Indian journal of veterinary science and animal husbandry - Volumes 26-27, 1956-1957
Year: 1956
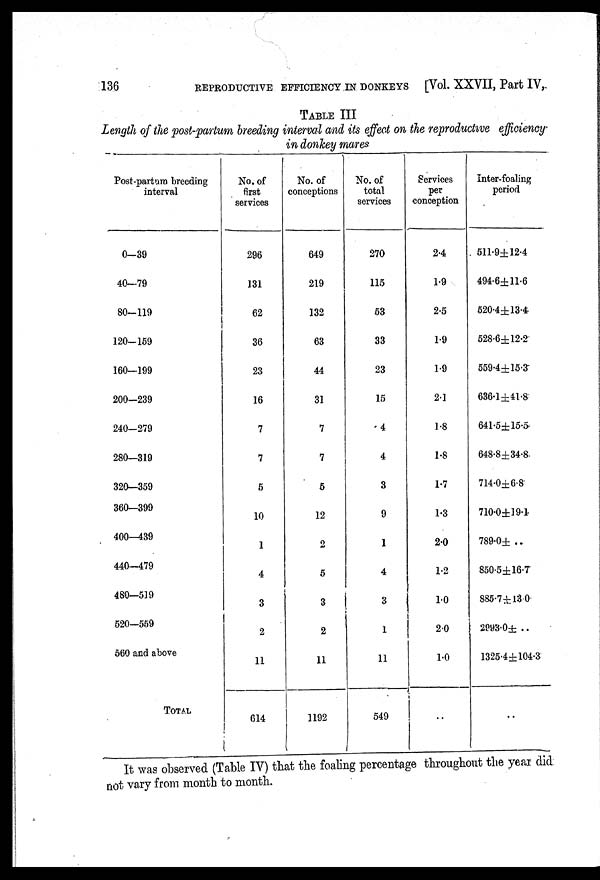
136
REPRODUCTIVE EFFICIENCY IN DONKEYS [Vol. XXVII, Part IV,
TABLE III
Length of the post-partum breeding interval and its effect on the reproductive efficiency
in donkey mares
Post-partum breeding
interval
0—39
40—79
80—119
120—159
160—199
200—239
240—279
280—319
320—359
360—399
400—439
440—479
480—519
520—559
560 and above
TOTAL
No. of
first
services
296
131
62
36
23
16
7
7
5
10
1
4
3
2
11
614
No. of
conceptions
649
219
132
63
44
31
7
7
5
12
2
5
3
2
11
1192
No. of
total
services
270
115
53
33
23
15
4
4
3
9
1
4
3
1
11
549
Services
per
conception
2.4
1.9
2.5
1.9
1.9
2.1
1.8
1.8
1.7
1.3
2.0
1.2
10
2.0
1.0
..
Inter-foaling
period
511.9±12.4
494.6±11.6
520.4±13.4
528.6±12.2
559.4±15.3
636.1±41.8
641.5±15.5
648.8±34.8
714.0±6.8
710.0±19.1.
789.0± ..
850.5±16.7
885.7±13.0
2993.0± ..
1325.4±104.3
..
It was observed (Table IV) that the foaling percentage throughout the year did
not vary from month to month.